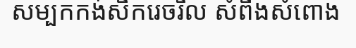
សម្បកកង់សឹករេចរឹល សំពីងសំពោង